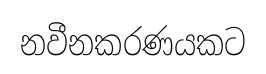
නවීනකරණයකට